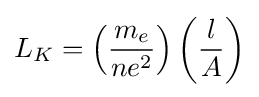
L_{K}=\left({\frac {m_{e}}{ne^{2}}}\right)\left({\frac {l}{A}}\right)